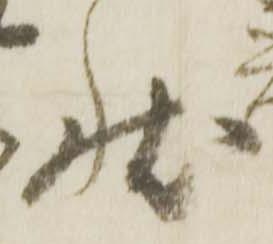
状